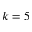
k = 5